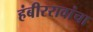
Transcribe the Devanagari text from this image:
हंबीररावांचा